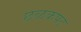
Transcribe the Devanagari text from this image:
छळकपट